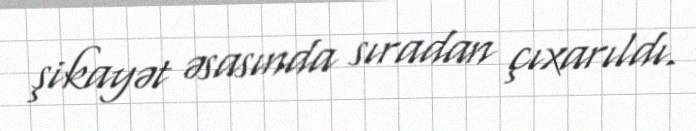
şikayət əsasında sıradan çıxarıldı.